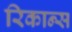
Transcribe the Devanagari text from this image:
रिकान्स